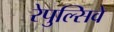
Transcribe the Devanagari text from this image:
रेपुल्सिवे